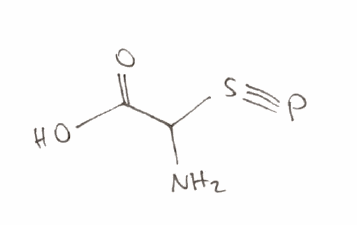
Simplified molecular-input line-entry system (SMILES) notation of the given molecule:
C(C(=O)O)(N)S#P